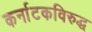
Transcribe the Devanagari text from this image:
कर्नाटकविरुद्ध